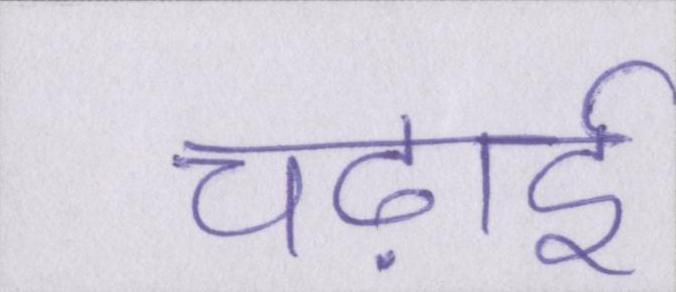
चढ़ाई